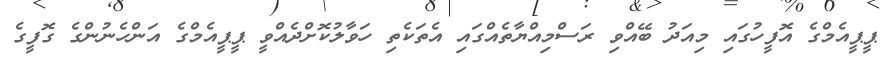
ޕީޕީއެމްގެ އޮފީހުގައި މިއަދު ބޭއްވި ރަސްމިއްޔާތެއްގައި އެތަކެތި ހަވާލުކޮށްދެއްވީ ޕީޕީއެމްގެ އަންހެނުންގެ ގޮފީގެ